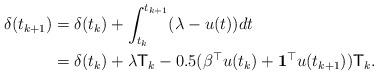
LaTeX: \begin{align*}\delta(t_{k+1})&=\delta(t_{k})+\int^{t_{k+1}}_{t_{k}}(\lambda-u(t))dt \\&=\delta(t_{k})+\lambda\mathsf{T}_{k}-0.5(\beta^{\top}u(t_{k})+\mathbf{1}^{\top}u(t_{k+1}))\mathsf{T}_{k}.\end{align*}